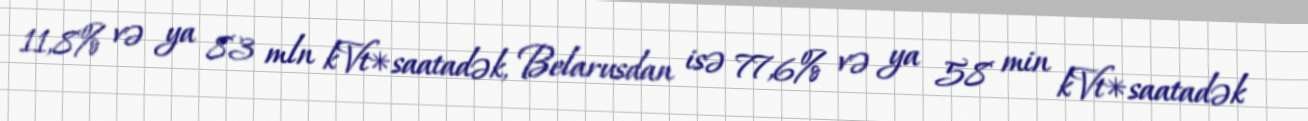
11,8% və ya 83 mln kVt*saatadək, Belarusdan isə 77,6% və ya 58 min kVt*saatadək